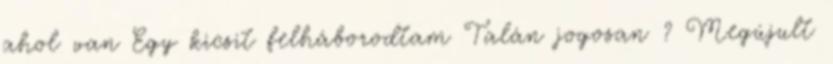
ahol van Egy kicsit felháborodtam Talán jogosan ? Megújult